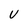
Character: v